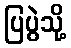
ပြပွဲသို့